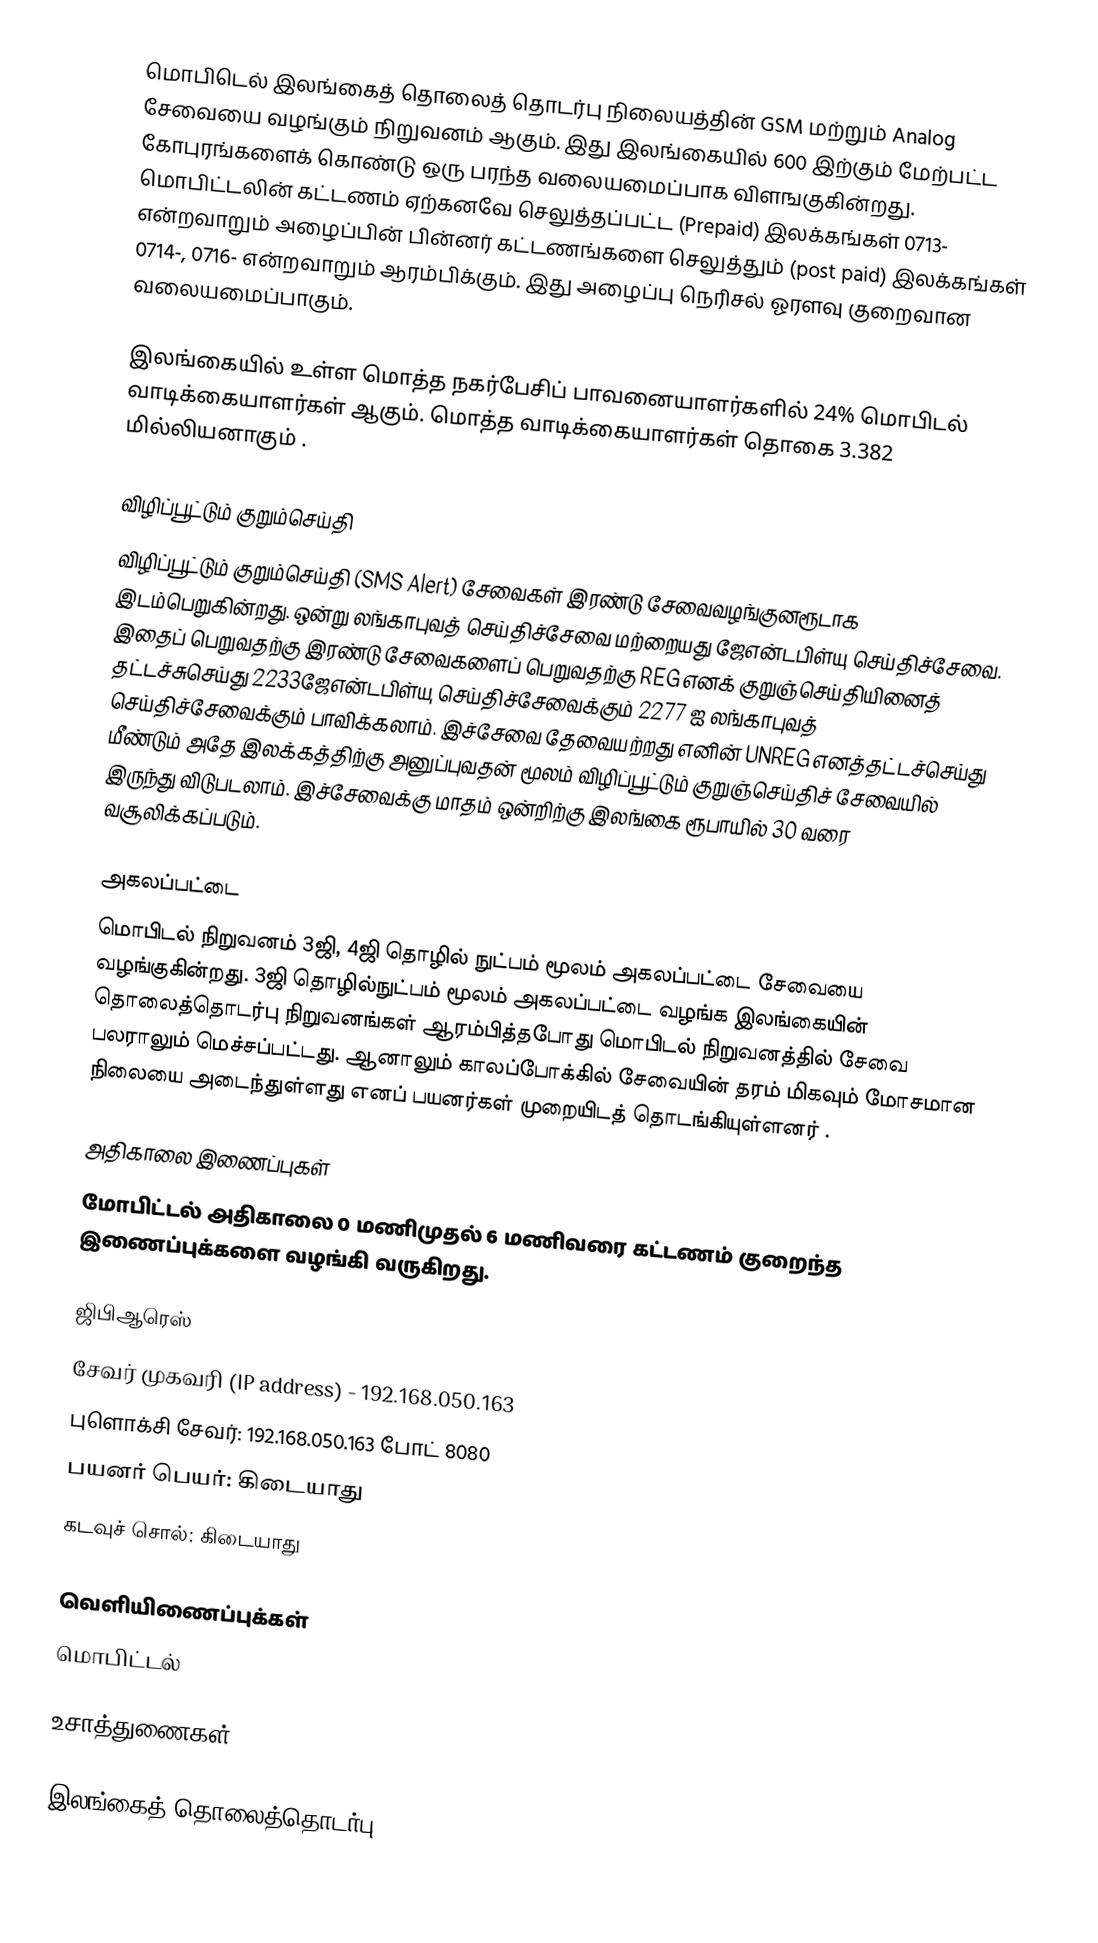
மொபிடெல் இலங்கைத் தொலைத் தொடர்பு நிலையத்தின் GSM மற்றும் Analog சேவையை வழங்கும் நிறுவனம் ஆகும். இது இலங்கையில் 600 இற்கும் மேற்பட்ட கோபுரங்களைக் கொண்டு ஒரு பரந்த வலையமைப்பாக விளஙகுகின்றது. மொபிட்டலின் கட்டணம் ஏற்கனவே செலுத்தப்பட்ட (Prepaid) இலக்கங்கள் 0713- என்றவாறும் அழைப்பின் பின்னர் கட்டணங்களை செலுத்தும் (post paid) இலக்கங்கள் 0714-, 0716- என்றவாறும் ஆரம்பிக்கும். இது அழைப்பு நெரிசல் ஓரளவு குறைவான வலையமைப்பாகும்.

இலங்கையில் உள்ள மொத்த நகர்பேசிப் பாவனையாளர்களில் 24% மொபிடல் வாடிக்கையாளர்கள் ஆகும். மொத்த வாடிக்கையாளர்கள் தொகை 3.382 மில்லியனாகும் .

விழிப்பூட்டும் குறும்செய்தி
விழிப்பூட்டும் குறும்செய்தி (SMS Alert) சேவைகள் இரண்டு சேவைவழங்குனரூடாக இடம்பெறுகின்றது. ஒன்று லங்காபுவத் செய்திச்சேவை மற்றையது ஜேஎன்டபிள்யு செய்திச்சேவை. இதைப் பெறுவதற்கு இரண்டு சேவைகளைப் பெறுவதற்கு REG எனக் குறுஞ்செய்தியினைத் தட்டச்சுசெய்து 2233ஜேஎன்டபிள்யு செய்திச்சேவைக்கும் 2277 ஐ லங்காபுவத் செய்திச்சேவைக்கும் பாவிக்கலாம். இச்சேவை தேவையற்றது எனின் UNREG எனத்தட்டச்செய்து மீண்டும் அதே இலக்கத்திற்கு அனுப்புவதன் மூலம் விழிப்பூட்டும் குறுஞ்செய்திச் சேவையில் இருந்து விடுபடலாம். இச்சேவைக்கு மாதம் ஒன்றிற்கு இலங்கை ரூபாயில் 30 வரை வசூலிக்கப்படும்.

அகலப்பட்டை
மொபிடல் நிறுவனம் 3ஜி, 4ஜி தொழில் நுட்பம் மூலம் அகலப்பட்டை சேவையை வழங்குகின்றது. 3ஜி தொழில்நுட்பம் மூலம் அகலப்பட்டை வழங்க இலங்கையின் தொலைத்தொடர்பு நிறுவனங்கள் ஆரம்பித்தபோது மொபிடல் நிறுவனத்தில் சேவை பலராலும் மெச்சப்பட்டது. ஆனாலும் காலப்போக்கில் சேவையின் தரம் மிகவும் மோசமான நிலையை அடைந்துள்ளது எனப் பயனர்கள் முறையிடத் தொடங்கியுள்ளனர் .

அதிகாலை இணைப்புகள்
மோபிட்டல் அதிகாலை 0 மணிமுதல் 6 மணிவரை கட்டணம் குறைந்த இணைப்புக்களை வழங்கி வருகிறது.

ஜிபிஆரெஸ்
சேவர் முகவரி (IP address) - 192.168.050.163
புளொக்சி சேவர்: 192.168.050.163 போட் 8080
பயனர் பெயர்: கிடையாது
கடவுச் சொல்: கிடையாது

வெளியிணைப்புக்கள்
மொபிட்டல்

உசாத்துணைகள்

இலங்கைத் தொலைத்தொடர்பு